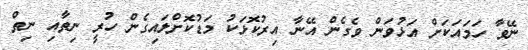
ނޭވާ ހަމައަކަށް އަޅުވަން ވެގެން އޭނާ އިރުކޮޅަކު މަޑުކޮށްލައިގެން ހުރީ ނިތާއި ނިތް